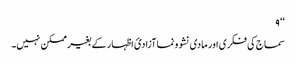
‘‘ ۹
سماج کی فکری اور مادی نشوونما آزادئ اظہار کے بغیر ممکن نہیں۔